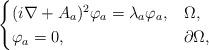
LaTeX: \begin{align*} \begin{cases} (i\nabla + A_a)^2 \varphi_a = \lambda_a \varphi_a, &\Omega,\\ \varphi_a = 0, &\partial \Omega, \end{cases}\end{align*}